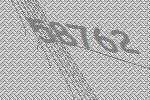
58762